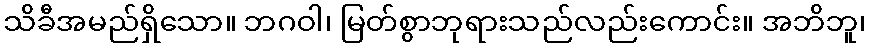
သိခီအမည်ရှိသော။ ဘဂဝါ၊ မြတ်စွာဘုရားသည်လည်းကောင်း။ အဘိဘူ၊